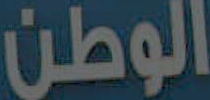
الوطن